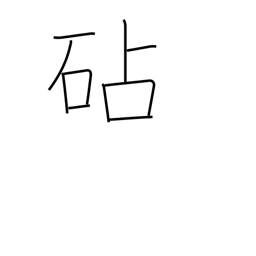
Meaning: fulling block